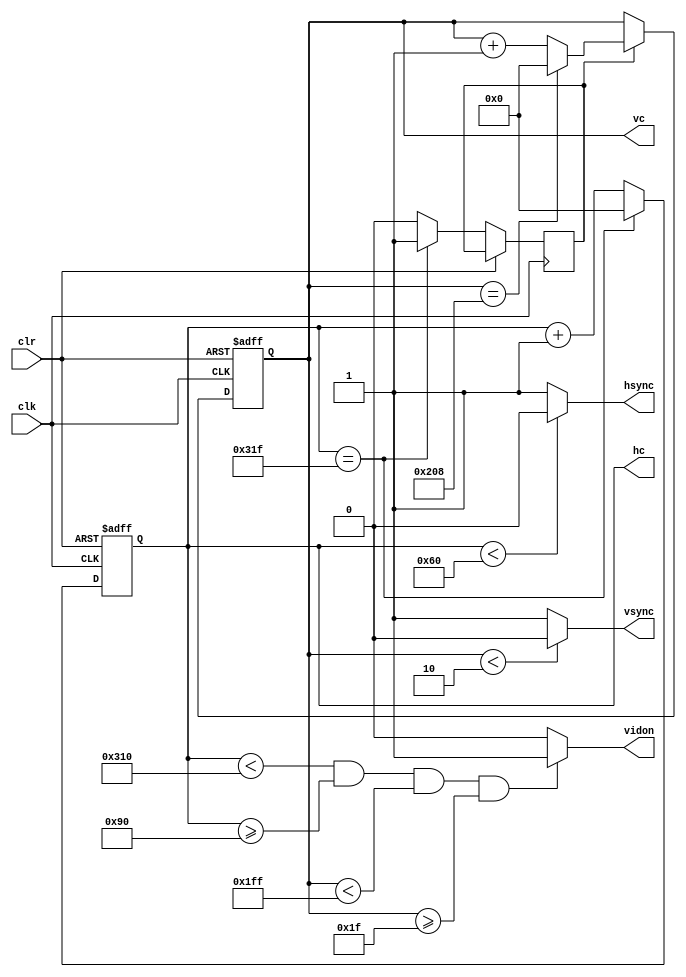
`timescale 1ns / 1ps
//////////////////////////////////////////////////////////////////////////////////
// Company: 
// Engineer: 
// 
// Design Name: 
// Module Name: VGA_640x480
// Project Name: 
// Target Devices: 
// Tool Versions: 
// Description: 
// 
// Dependencies: 
// 
// Revision:
// Revision 0.01 - File Created
// Additional Comments:
// 
//////////////////////////////////////////////////////////////////////////////////


module VGA_640x480(
	input wire clk,
	input wire clr,
	output reg hsync,
	output reg vsync,
	output reg [9:0] hc,
	output reg [9:0] vc,
	output reg vidon
    );
	
	parameter hpixels = 10'b1100100000; 
	parameter vlines  = 10'b1000001001;
	parameter hbp     = 10'b0010010000;
	parameter hfp     = 10'b1100010000;
	parameter vbp     = 10'b0000011111;
	parameter vfp     = 10'b0111111111;
	reg vsenable;
	
	always @(posedge clk or posedge clr) begin 
		if (1 == clr) begin 
			hc <= 0;
		end else begin 
			if ( hc == hpixels -1) begin 
				hc <= 0;
				vsenable <= 1;
			end else begin 
				hc <= hc +1;
				vsenable <= 0;
			end 
		end 
	end 
	
	always @ (*) begin 
		if (hc < 96) begin 
			hsync = 0;
		end else begin 
			hsync = 1;
		end 
	end 
	
	always @ (posedge clk or posedge clr) begin 
		if (1== clr) begin 
			vc <= 0;
		end else begin 
			if ( 1== vsenable) begin 
				if (vc == vlines - 1) begin 
					vc <= 0;
				end else begin 
					vc <= vc + 1;
				end 
			end 
		end 
	end 
	
	always @ (*) begin 
		if ( vc <2) begin 
			vsync = 0;
		end else begin 
			vsync = 1;
		end 
	end 
	
	always @ (*) begin 
		if ((hc < hfp) && (hc >= hbp) && (vc < vfp) && (vc >= vbp)) begin 
			vidon = 1;
		end else begin 
			vidon = 0;
		end 
	end 
		
endmodule